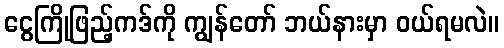
ငွေကြိုဖြည့်ကဒ်ကို ကျွန်တော် ဘယ်နားမှာ ဝယ်ရမလဲ။